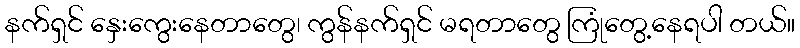
နက်ရှင် နှေးကွေးနေတာတွေ၊ ကွန်နက်ရှင် မရတာတွေ ကြုံတွေ့နေရပါ တယ်။